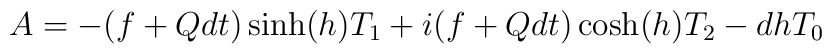
A=-(f+Qdt)\sinh(h)T_1 + i(f+Qdt)\cosh(h)T_2-dh T_0